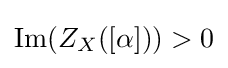
\operatorname {Im} (Z_{X}([\alpha ]))>0